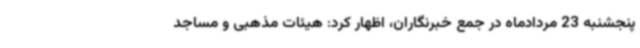
پنجشنبه 23 مردادماه در جمع خبرنگاران، اظهار کرد: هیئات مذهبی و مساجد